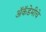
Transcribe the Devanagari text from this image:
अॅकॅडेमीचे